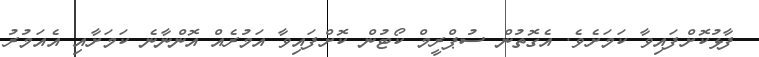
ފާޅުކޮށްފައިވާ ކަމަށެވެ. އެގޮތުން ސުޕްރީމް ކޯޓުން ކޮށްފައިވާ އަމުރެއް އޮންނާނެ ކަމަށާއި އެއަމުރު